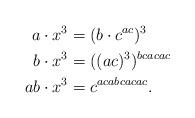
LaTeX: \begin{align*}a \cdot x^3 &= (b \cdot c^{ac})^3 \\b \cdot x^3 &=((ac)^3)^{bcacac} \\ab \cdot x^3 &=c^{acabcacac}.\end{align*}